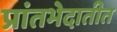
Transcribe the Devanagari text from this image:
प्रांतभेदातीत